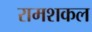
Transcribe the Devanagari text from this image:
रामशकल